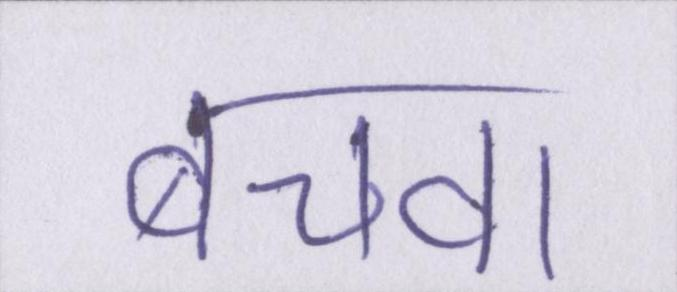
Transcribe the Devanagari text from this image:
बचवा